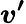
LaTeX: \boldsymbol{v^{\prime}}